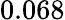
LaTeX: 0.068